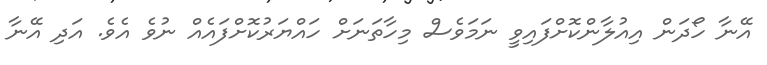
އޭނާ ހޯދަން އިއުލާންކޮށްފައިވީ ނަމަވެސް މިހާތަނަށް ހައްޔަރުކޮށްފައެއް ނުވެ އެވެ. އަދި އޭނާ